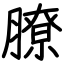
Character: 膫